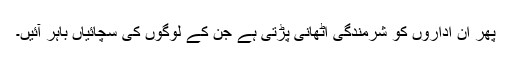
پھر ان اداروں کو شرمندگی اٹھانی پڑتی ہے جن کے لوگوں کی سچائیاں باہر آئیں۔